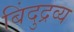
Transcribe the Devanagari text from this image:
बिंदुद्रव्य